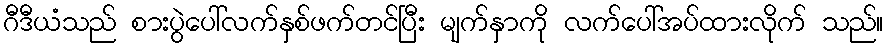
ဂီဒီယံသည် စားပွဲပေါ်လက်နှစ်ဖက်တင်ပြီး မျက်နှာကို လက်ပေါ်အပ်ထားလိုက် သည်။